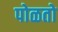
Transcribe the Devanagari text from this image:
पोळतो